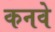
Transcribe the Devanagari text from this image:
कनवे